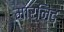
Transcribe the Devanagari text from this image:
मार्निद